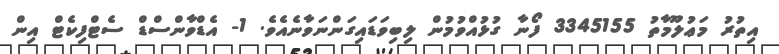
އިތުރު މަޢުލޫމާތު 3345155 ފޯނާ ގުޅުއްވުމުން ލިބިވަޑައިގަންނަވާނެއެވެ. 1- އެޑްވާންސްޑް ސެޓްފިކެޓް އިން